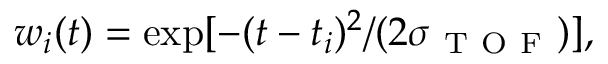
w _ { i } ( t ) = \exp [ - ( t - t _ { i } ) ^ { 2 } / ( 2 \sigma _ { \mathrm { ~ T ~ O ~ F ~ } } ) ] ,